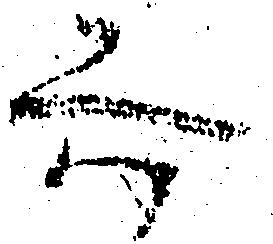
六